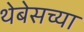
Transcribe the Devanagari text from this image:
थेबेसच्या